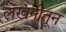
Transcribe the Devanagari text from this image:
लेखनीतून